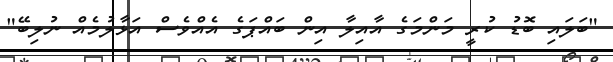
"ބަލައި ބޮޑު ކުރީ މަންމަގެ އާއިލާ އިން ބައްޕަގެ އެއްވެސް އަޅާލުމެއް ނުލިބޭ"